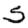
Digit: 5